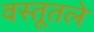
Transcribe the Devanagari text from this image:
वस्तूतले